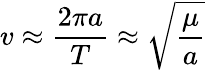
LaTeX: v\approx{\frac{2\pi a}{T}}\approx{\sqrt{\frac{\mu}{a}}}